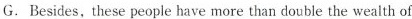
G.Besides,these people have more than double the wealth of